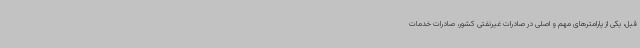
قبل، یکی از پارامترهای مهم و اصلی در صادرات غیرنفتی کشور، صادرات خدمات